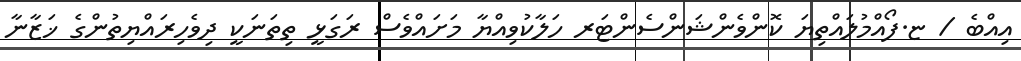
އިއްބެ / ޏ.ފޯއްމުލައްތިޔަ ކޮންވެންޝަންސެންޓަރ ހަލާކުވިއްޔާ މަށައްވެސް ރަގަޅީ ތިތަނަކީ ދިވެހިރައްޔިތުންގެ ޚަޒާނާ